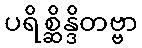
ပရိစ္ဆိန္ဒိတဗ္ဗာ